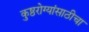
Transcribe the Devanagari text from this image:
कुष्ठरोग्यांसाठीचा